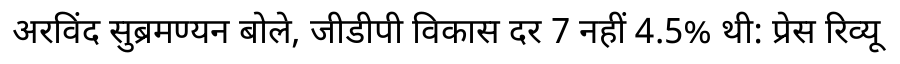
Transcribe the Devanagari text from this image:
अरविंद सुब्रमण्यन बोले, जीडीपी विकास दर 7 नहीं 4.5% थी: प्रेस रिव्यू